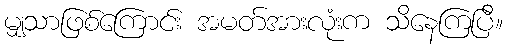
မျှသာဖြစ်ကြောင်း အမတ်အားလုံးက သိနေကြပြီ။